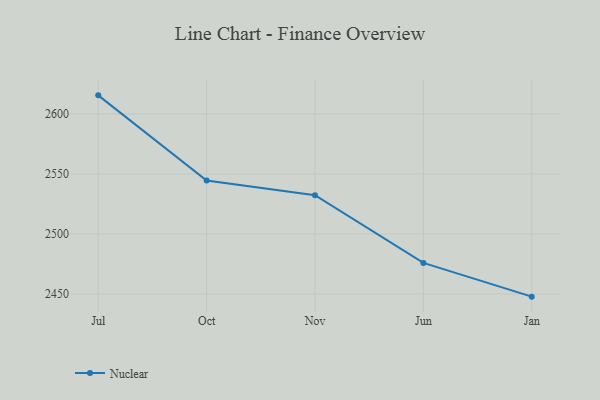
{"axis": {"x": "Month", "y": "Tickets Resolved"}, "legend": ["Nuclear"], "data": [{"x": "Jul", "y": 2615.5, "type": "Nuclear"}, {"x": "Oct", "y": 2544.5, "type": "Nuclear"}, {"x": "Nov", "y": 2532.3, "type": "Nuclear"}, {"x": "Jun", "y": 2475.9, "type": "Nuclear"}, {"x": "Jan", "y": 2447.8, "type": "Nuclear"}]}